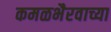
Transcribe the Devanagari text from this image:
कमळभैरवाच्या